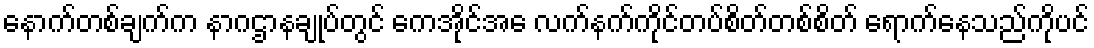
နောက်တစ်ချက်က နာဂဌာနချုပ်တွင် ကေအိုင်အေ လက်နက်ကိုင်တပ်စိတ်တစ်စိတ် ရောက်နေသည်ကိုပင်